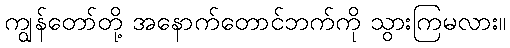
ကျွန်တော်တို့ အနောက်တောင်ဘက်ကို သွားကြမလား။